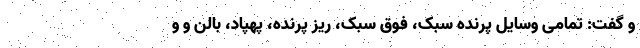
و گفت: تمامی وسایل پرنده سبک، فوق سبک، ریز پرنده، پهپاد، بالن و و